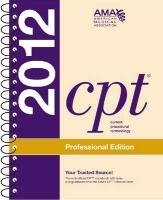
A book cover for CPT Professional 2012 (Spiralbound) (Current Procedural Terminology (CPT) Professional); American Medical Association; Medical Books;